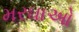
મરઘાઓ